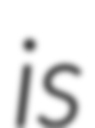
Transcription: is